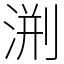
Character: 渆